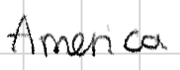
Text: America
Cross-out: clean
Writing tool: digital_black